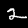
Label: 2